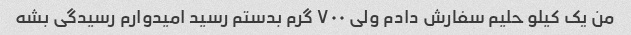
من یک کیلو حلیم سفارش دادم ولی ٧٠٠ گرم بدستم رسید امیدوارم رسیدگی بشه